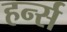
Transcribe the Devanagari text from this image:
हर्न्स